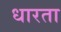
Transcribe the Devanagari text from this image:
धारता